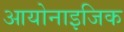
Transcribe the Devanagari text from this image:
आयोनाइजिक